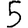
Digit: 5